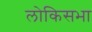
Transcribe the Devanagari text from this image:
लोकिसभा